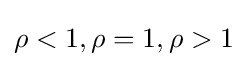
\rho <1,\rho =1,\rho >1